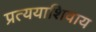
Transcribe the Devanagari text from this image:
प्रत्ययाशिवाय